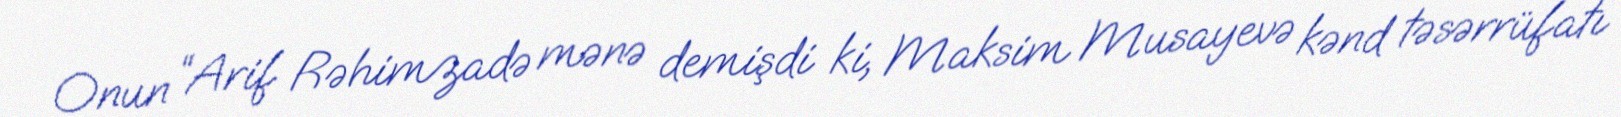
Onun “Arif Rəhimzadə mənə demişdi ki, Maksim Musayevə kənd təsərrüfatı